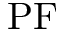
\mathrm { P F }